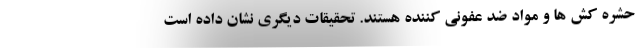
حشره کش ها و مواد ضد عفونی کننده هستند. تحقیقات دیگری نشان داده است